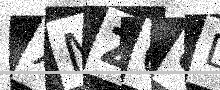
Text: XMZ68L